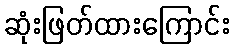
ဆုံးဖြတ်ထားကြောင်း